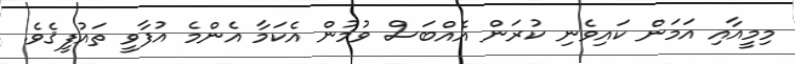
މިމީއާއި އަމަން ކައިވެނި ކުރަން އެއްބަސް ވުމުން އެކަމާ އެންމެ އުފާވީ ތައުފީޤެވެ.